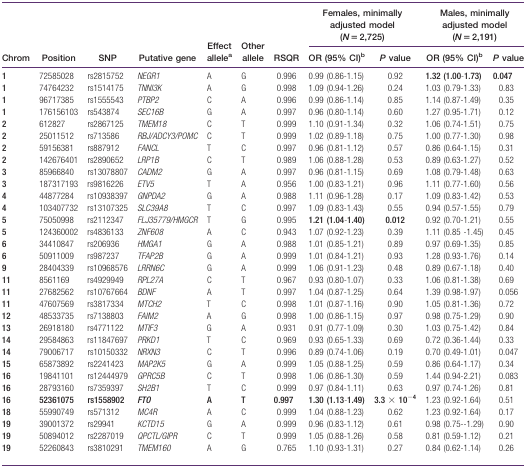
<table><thead><tr><td rowspan="2"><b>Chrom</b></td><td rowspan="2"><b>Position</b></td><td rowspan="2"><b>SNP</b></td><td rowspan="2"><b>Putative gene</b></td><td rowspan="2"><b>Effect allelea</b></td><td rowspan="2"><b>Other allele</b></td><td rowspan="2"><b>RSQR</b></td><td colspan="2"><b>Females, minimally adjusted model (<i>N</i> = 2,725)</b></td><td colspan="2"><b>Males, minimally adjusted model (<i>N</i> = 2,191)</b></td></tr><tr><td><b>OR (95% CI)b</b></td><td><b><i>P</i> value</b></td><td><b>OR (95% CI)b</b></td><td><b><i>P</i> value</b></td></tr></thead><tbody><tr><td><b>1</b></td><td>72585028</td><td>rs2815752</td><td><i>NEGR1</i></td><td>A</td><td>G</td><td>0.996</td><td>0.99 (0.86-1.15)</td><td>0.92</td><td><b>1.32 (1.00</b>-<b>1.73)</b></td><td><b>0.047</b></td></tr><tr><td><b>1</b></td><td>74764232</td><td>rs1514175</td><td><i>TNNI3K</i></td><td>A</td><td>G</td><td>0.998</td><td>1.09 (0.94-1.26)</td><td>0.24</td><td>1.03 (0.79-1.33)</td><td>0.83</td></tr><tr><td><b>1</b></td><td>96717385</td><td>rs1555543</td><td><i>PTBP2</i></td><td>C</td><td>A</td><td>0.996</td><td>0.99 (0.86-1.14)</td><td>0.85</td><td>1.14 (0.87-1.49)</td><td>0.35</td></tr><tr><td><b>1</b></td><td>176156103</td><td>rs543874</td><td><i>SEC16B</i></td><td>G</td><td>A</td><td>0.997</td><td>0.96 (0.80-1.14)</td><td>0.60</td><td>1.27 (0.95-1.71)</td><td>0.12</td></tr><tr><td><b>2</b></td><td>612827</td><td>rs2867125</td><td><i>TMEM18</i></td><td>C</td><td>T</td><td>0.999</td><td>1.10 (0.91-1.34)</td><td>0.32</td><td>1.06 (0.74-1.51)</td><td>0.75</td></tr><tr><td><b>2</b></td><td>25011512</td><td>rs713586</td><td><i>RBJ/ADCY3/POMC</i></td><td>C</td><td>T</td><td>0.999</td><td>1.02 (0.89-1.18)</td><td>0.75</td><td>1.00 (0.77-1.30)</td><td>0.98</td></tr><tr><td><b>2</b></td><td>59156381</td><td>rs887912</td><td><i>FANCL</i></td><td>T</td><td>C</td><td>0.997</td><td>0.96 (0.81-1.12)</td><td>0.57</td><td>0.86 (0.64-1.15)</td><td>0.31</td></tr><tr><td><b>2</b></td><td>142676401</td><td>rs2890652</td><td><i>LRP1B</i></td><td>C</td><td>T</td><td>0.989</td><td>1.06 (0.88-1.28)</td><td>0.53</td><td>0.89 (0.63-1.27)</td><td>0.52</td></tr><tr><td><b>3</b></td><td>85966840</td><td>rs13078807</td><td><i>CADM2</i></td><td>G</td><td>A</td><td>0.997</td><td>0.96 (0.81-1.15)</td><td>0.69</td><td>1.08 (0.79-1.48)</td><td>0.63</td></tr><tr><td><b>3</b></td><td>187317193</td><td>rs9816226</td><td><i>ETV5</i></td><td>T</td><td>A</td><td>0.956</td><td>1.00 (0.83-1.21)</td><td>0.96</td><td>1.11 (0.77-1.60)</td><td>0.56</td></tr><tr><td><b>4</b></td><td>44877284</td><td>rs10938397</td><td><i>GNPDA2</i></td><td>G</td><td>A</td><td>0.988</td><td>1.11 (0.96-1.28)</td><td>0.17</td><td>1.09 (0.83-1.42)</td><td>0.53</td></tr><tr><td><b>4</b></td><td>103407732</td><td>rs13107325</td><td><i>SLC39A8</i></td><td>T</td><td>C</td><td>0.997</td><td>1.09 (0.83-1.43)</td><td>0.55</td><td>0.94 (0.57-1.55)</td><td>0.79</td></tr><tr><td><b>5</b></td><td>75050998</td><td>rs2112347</td><td><i>FLJ35779/HMGCR</i></td><td>T</td><td>G</td><td>0.995</td><td><b>1.21 (1.04</b>-<b>1.40)</b></td><td><b>0.012</b></td><td>0.92 (0.70-1.21)</td><td>0.55</td></tr><tr><td><b>5</b></td><td>124360002</td><td>rs4836133</td><td><i>ZNF608</i></td><td>A</td><td>C</td><td>0.943</td><td>1.07 (0.92-1.23)</td><td>0.39</td><td>1.11 (0.85 -1.45)</td><td>0.45</td></tr><tr><td><b>6</b></td><td>34410847</td><td>rs206936</td><td><i>HMGA1</i></td><td>G</td><td>A</td><td>0.988</td><td>1.01 (0.85-1.21)</td><td>0.89</td><td>0.97 (0.69-1.35)</td><td>0.85</td></tr><tr><td><b>6</b></td><td>50911009</td><td>rs987237</td><td><i>TFAP2B</i></td><td>G</td><td>A</td><td>0.999</td><td>1.01 (0.84-1.21)</td><td>0.93</td><td>1.28 (0.93-1.76)</td><td>0.14</td></tr><tr><td><b>9</b></td><td>28404339</td><td>rs10968576</td><td><i>LRRN6C</i></td><td>G</td><td>A</td><td>0.999</td><td>1.06 (0.91-1.23)</td><td>0.48</td><td>0.89 (0.67-1.18)</td><td>0.40</td></tr><tr><td><b>11</b></td><td>8561169</td><td>rs4929949</td><td><i>RPL27A</i></td><td>C</td><td>T</td><td>0.967</td><td>0.93 (0.80-1.07)</td><td>0.33</td><td>1.06 (0.81-1.38)</td><td>0.69</td></tr><tr><td><b>11</b></td><td>27682562</td><td>rs10767664</td><td><i>BDNF</i></td><td>A</td><td>T</td><td>0.997</td><td>1.04 (0.87-1.25)</td><td>0.64</td><td>1.39 (0.98-1.97)</td><td>0.056</td></tr><tr><td><b>11</b></td><td>47607569</td><td>rs3817334</td><td><i>MTCH2</i></td><td>T</td><td>C</td><td>0.998</td><td>1.01 (0.87-1.16)</td><td>0.90</td><td>1.05 (0.81-1.36)</td><td>0.72</td></tr><tr><td><b>12</b></td><td>48533735</td><td>rs7138803</td><td><i>FAIM2</i></td><td>A</td><td>G</td><td>0.998</td><td>1.00 (0.86-1.15)</td><td>0.97</td><td>0.98 (0.75-1.29)</td><td>0.90</td></tr><tr><td><b>13</b></td><td>26918180</td><td>rs4771122</td><td><i>MTIF3</i></td><td>G</td><td>A</td><td>0.931</td><td>0.91 (0.77-1.09)</td><td>0.30</td><td>1.03 (0.75-1.42)</td><td>0.84</td></tr><tr><td><b>14</b></td><td>29584863</td><td>rs11847697</td><td><i>PRKD1</i></td><td>T</td><td>C</td><td>0.969</td><td>0.93 (0.65-1.33)</td><td>0.69</td><td>0.72 (0.36-1.44)</td><td>0.33</td></tr><tr><td><b>14</b></td><td>79006717</td><td>rs10150332</td><td><i>NRXN3</i></td><td>C</td><td>T</td><td>0.996</td><td>0.89 (0.74-1.06)</td><td>0.19</td><td>0.70 (0.49-1.01)</td><td>0.047</td></tr><tr><td><b>15</b></td><td>65873892</td><td>rs2241423</td><td><i>MAP2K5</i></td><td>G</td><td>A</td><td>0.999</td><td>1.05 (0.88-1.25)</td><td>0.59</td><td>0.86 (0.64-1.17)</td><td>0.34</td></tr><tr><td><b>16</b></td><td>19841101</td><td>rs12444979</td><td><i>GPRC5B</i></td><td>C</td><td>T</td><td>0.998</td><td>1.06 (0.86-1.30)</td><td>0.59</td><td>1.44 (0.94-2.21)</td><td>0.083</td></tr><tr><td><b>16</b></td><td>28793160</td><td>rs7359397</td><td><i>SH2B1</i></td><td>T</td><td>C</td><td>0.999</td><td>0.97 (0.84-1.11)</td><td>0.63</td><td>0.97 (0.74-1.26)</td><td>0.81</td></tr><tr><td><b>16</b></td><td><b>52361075</b></td><td><b>rs1558902</b></td><td><b><i>FTO</i></b></td><td><b>A</b></td><td><b>T</b></td><td><b>0.997</b></td><td><b>1.30 (1.13</b>-<b>1.49)</b></td><td><b>3.3</b> × <b>10<sup>−4</sup></b></td><td>1.23 (0.92-1.64)</td><td>0.51</td></tr><tr><td><b>18</b></td><td>55990749</td><td>rs571312</td><td><i>MC4R</i></td><td>A</td><td>C</td><td>0.999</td><td>1.04 (0.88-1.23)</td><td>0.62</td><td>1.23 (0.92-1.64)</td><td>0.17</td></tr><tr><td><b>19</b></td><td>39001372</td><td>rs29941</td><td><i>KCTD15</i></td><td>G</td><td>A</td><td>0.999</td><td>0.96 (0.83-1.12)</td><td>0.61</td><td>0.98 (0.75--1.29)</td><td>0.90</td></tr><tr><td><b>19</b></td><td>50894012</td><td>rs2287019</td><td><i>QPCTL/GIPR</i></td><td>C</td><td>T</td><td>0.999</td><td>1.05 (0.88-1.26)</td><td>0.58</td><td>0.81 (0.59-1.12)</td><td>0.21</td></tr><tr><td><b>19</b></td><td>52260843</td><td>rs3810291</td><td><i>TMEM160</i></td><td>A</td><td>G</td><td>0.765</td><td>1.10 (0.93-1.31)</td><td>0.27</td><td>0.84 (0.62-1.14)</td><td>0.26</td></tr></tbody></table>